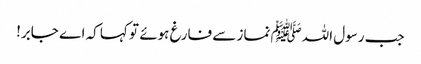
جب رسول اللہﷺ نماز سے فارغ ہوئے تو کہا کہ اے جابر!